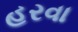
હરવા